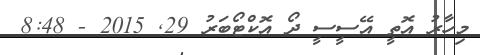
މިހާރު އޮތީ އޭސީސީ ދޯ އޮކްޓޯބަރު 29